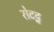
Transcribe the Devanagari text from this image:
रोटट्न